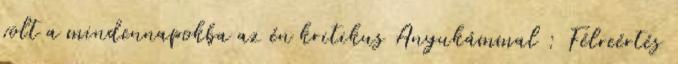
volt a mindennapokba az én kritikus Anyukámmal : Félreértés